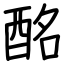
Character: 酩